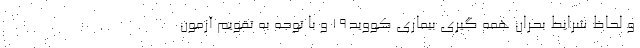
و لحاظ شرایط بحران همه گیری بیماری کووید19 و با توجه به تقویم آزمون